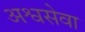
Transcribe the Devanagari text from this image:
अश्वसेवा